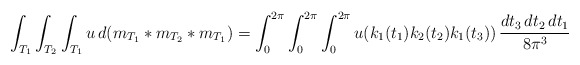
\begin{align*}\int_{T_1}\int_{T_2}\int_{T_1}u\,d(m_{T_1}\ast m_{T_2}\ast m_{T_1})=\int_0^{2\pi}\int_0^{2\pi}\int_0^{2\pi} u(k_1(t_1)k_2(t_2)k_1(t_3))\,\frac{dt_3\,dt_2\,dt_1}{8\pi^3}\end{align*}